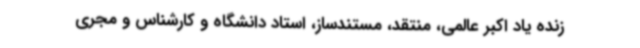
زنده یاد اکبر عالمی، منتقد، مستندساز، استاد دانشگاه و کارشناس و مجری